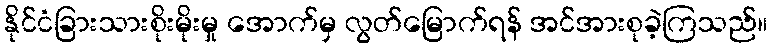
နိုင်ငံခြားသားစိုးမိုးမှု အောက်မှ လွတ်မြောက်ရန် အင်အားစုခဲ့ကြသည်။